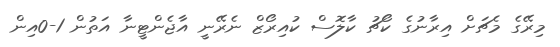
މިރޭގެ މެޗަށް އިރާނުގެ ކޯޗު ކާލޮސް ކުއިރޯޒް ނެރޭނީ އާޖެންޓީނާ އަތުން 1-0އިން